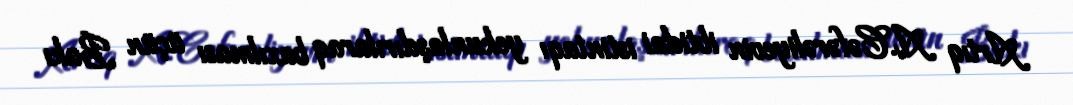
Artıq A.Cəfərəliyevin ibtidai istintaqı yekunlaşdırılaraq baxılması üçün Bakı